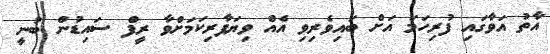
އާތު އަވާގައި ފުރިހަމަ އަށް ބައިވެރިވި އެއް ވިޔަފާރިކަމަށްވާ ރީފް ސައިޑުން ބުނީ